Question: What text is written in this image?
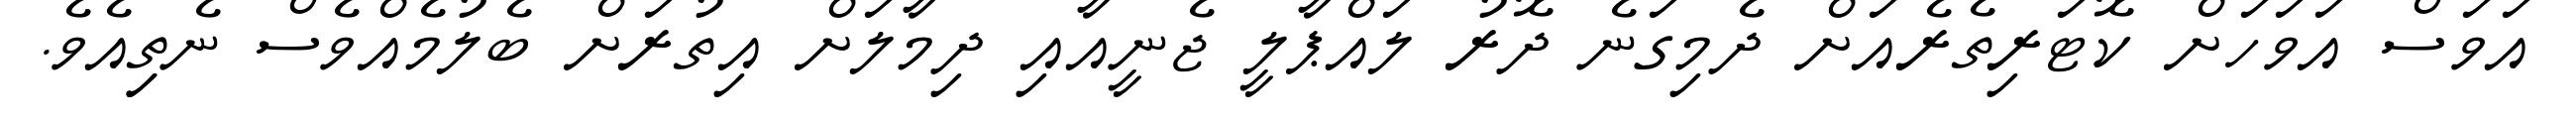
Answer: އަވަސް އަވަހަށް ކޮޓަރިތެރެއަށް ދެމިގަނެ ދޮރު ލައްޕާލީ ޖެނީއާއި ދިމާލަށް އިތުރަށް ބެލުމެއްވެސް ނެތިިއެވެ.